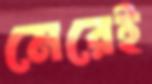
মেরেই